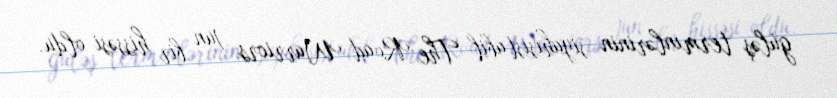
güləş terminlərinin siyahısıstabil The Road Warriors ]un bir hissəsi oldu.